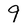
Character: 9